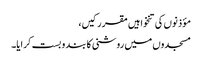
مؤذنوں کی تنخواہیں مقرر کیں،
مسجدوں میں روشنی کا بند و بست کرایا۔